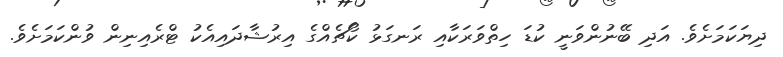
ދިޔަކަމަށެވެ. އަދި ބޭނުންވަނީ ކުޑަ ހިތްވަރަކާއި ރަނގަޅު ކޯޗެއްގެ އިރުޝާދައިއެކު ޓްރެއިނިން ވުންކަމަށެވެ.